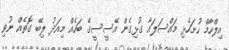
އިލްހާމް ހުށަހެޅި މައްސަލައާ ގުޅިގެން އޭސީސީގެ ބަހެއް މިއަދު ލިބޭ ގޮތެއް ނުވި